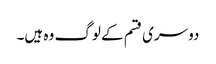
دوسری قسم کے لوگ وہ ہیں۔